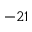
- 2 1